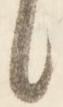
候